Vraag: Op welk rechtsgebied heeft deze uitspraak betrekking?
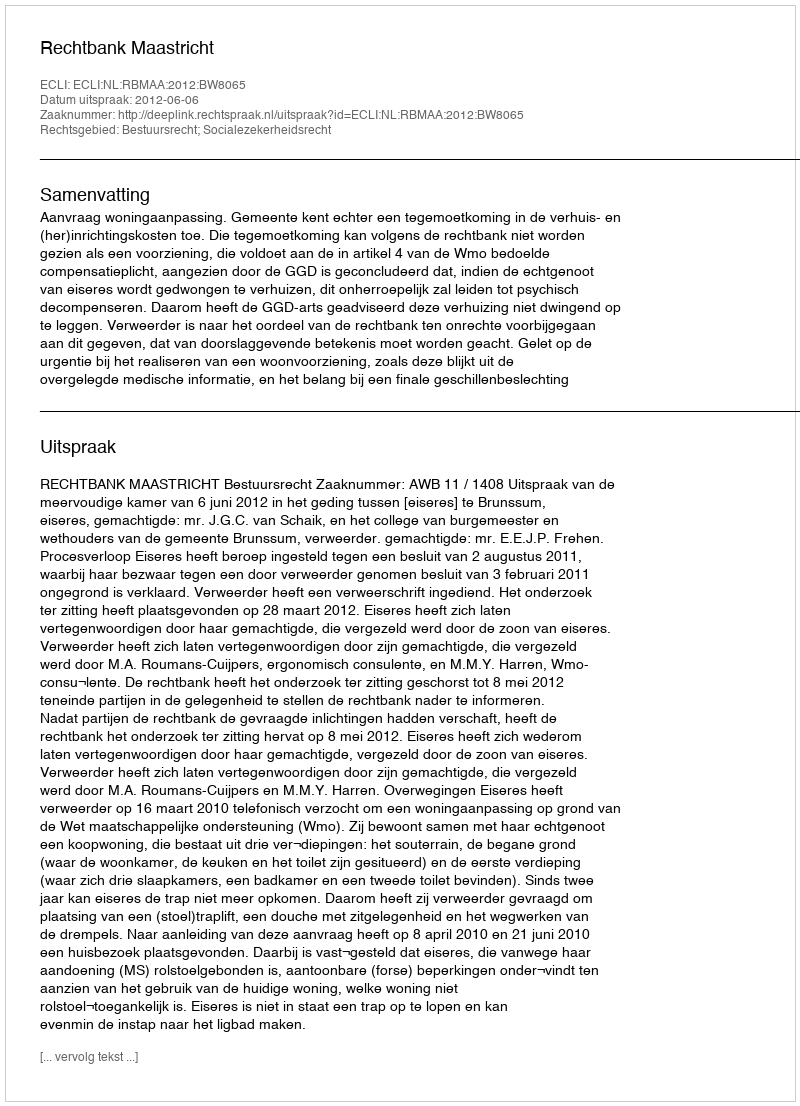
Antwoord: Bestuursrecht; Socialezekerheidsrecht